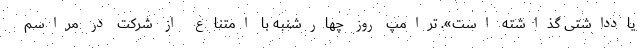
یادداشتی گذاشته است». ترامپ روز چهارشنبه با امتناع از شرکت در مراسم